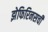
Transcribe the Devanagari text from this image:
झेफिरिनसची